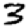
Digit: 3